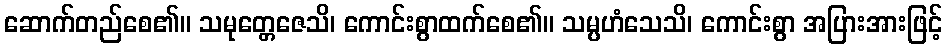
ဆောက်တည်စေ၏။ သမုတ္တေဇေသိ၊ ကောင်းစွာထက်စေ၏။ သမ္ပဟံသေသိ၊ ကောင်းစွာ အပြားအားဖြင့်